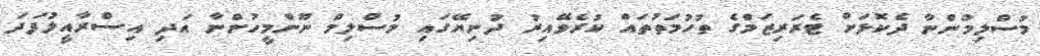
މުސްލިމުންނާ ދެކޮޅަށް ޓެރަރިޒަމްގެ ތުހުމަތުތައް ކުރެވޭއިރު ދުނިޔޭގައި މުސްލިމް ނޫންމީހުންނާ އަދި އިސްރާއީލުފަދަ